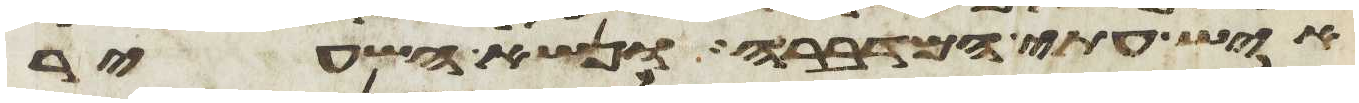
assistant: איש עתי המדברה ונשא השעיר